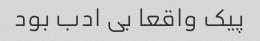
پیک واقعا بی ادب بود